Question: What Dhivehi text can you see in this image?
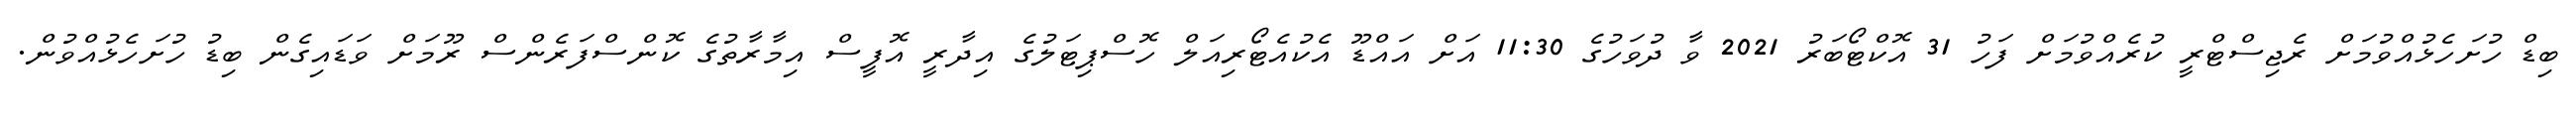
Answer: ބިޑް ހުށަހެޅުއްވުމަށް ރެޖިސްޓްރީ ކުރެއްވުމަށް ފަހު 31 އޮކްޓޯބަރު 2021 ވާ ދުވަހުގެ 11:30 އަށް އައްޑޫ އެކުއެޓޯރިއަލް ހޮސްޕިޓަލުގެ އިދާރީ އޮފީސް އިމާރާތުގެ ކޮންސްފަރެންސް ރޫމަށް ވަޑައިގެން ބިޑު ހުށަހެޅުއްވުން.